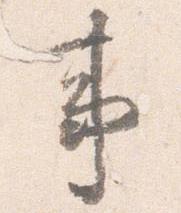
事